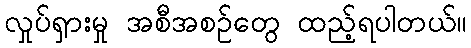
လှုပ်ရှားမှု အစီအစဉ်တွေ ထည့်ရပါတယ်။